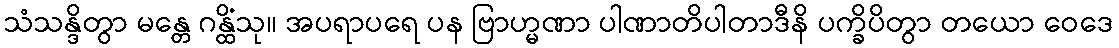
သံသန္ဒိတွာ မန္တေ ဂန္ထိံသု။ အပရာပရေ ပန ဗြာဟ္မဏာ ပါဏာတိပါတာဒီနိ ပက္ခိပိတွာ တယော ဝေဒေ